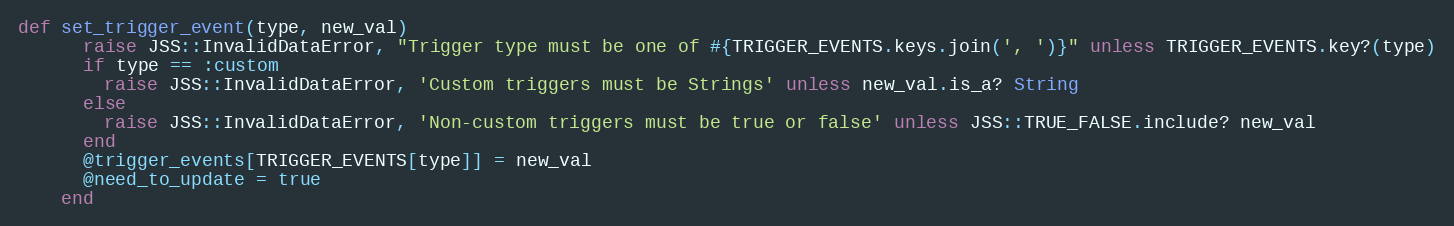
Language: Ruby
def set_trigger_event(type, new_val)
      raise JSS::InvalidDataError, "Trigger type must be one of #{TRIGGER_EVENTS.keys.join(', ')}" unless TRIGGER_EVENTS.key?(type)
      if type == :custom
        raise JSS::InvalidDataError, 'Custom triggers must be Strings' unless new_val.is_a? String
      else
        raise JSS::InvalidDataError, 'Non-custom triggers must be true or false' unless JSS::TRUE_FALSE.include? new_val
      end
      @trigger_events[TRIGGER_EVENTS[type]] = new_val
      @need_to_update = true
    end